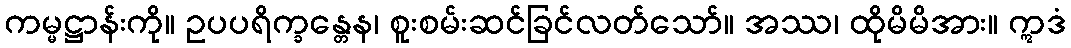
ကမ္မဋ္ဌာန်းကို။ ဥပပရိက္ခန္တေန၊ စူးစမ်းဆင်ခြင်လတ်သော်။ အဿ၊ ထိုမိမိအား။ ဣဒံ